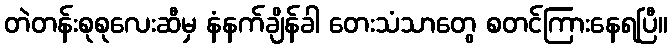
တဲတန်းစုစုလေးဆီမှ နံနက်ချိန်ခါ တေးသံသာတွေ စတင်ကြားနေရပြီ။